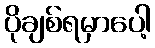
ပိုချစ်ရမှာပေါ့